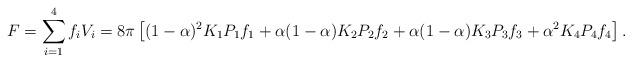
LaTeX: \begin{align*}F = \sum_{i=1}^4 f_i V_i = 8\pi \left[(1-\alpha)^2 K_1 P_1 f_1+ \alpha(1-\alpha) K_2 P_2 f_2 + \alpha(1-\alpha) K_3 P_3 f_3 + \alpha^2 K_4 P_4 f_4 \right].\end{align*}